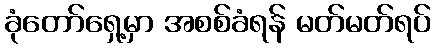
ခုံတော်ရှေ့မှာ အစစ်ခံရန် မတ်မတ်ရပ်